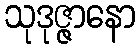
သုဒုဇ္ဇာနော